Leaving Certificate Examination (including Day School Certificate (Higher) General paper), 1939
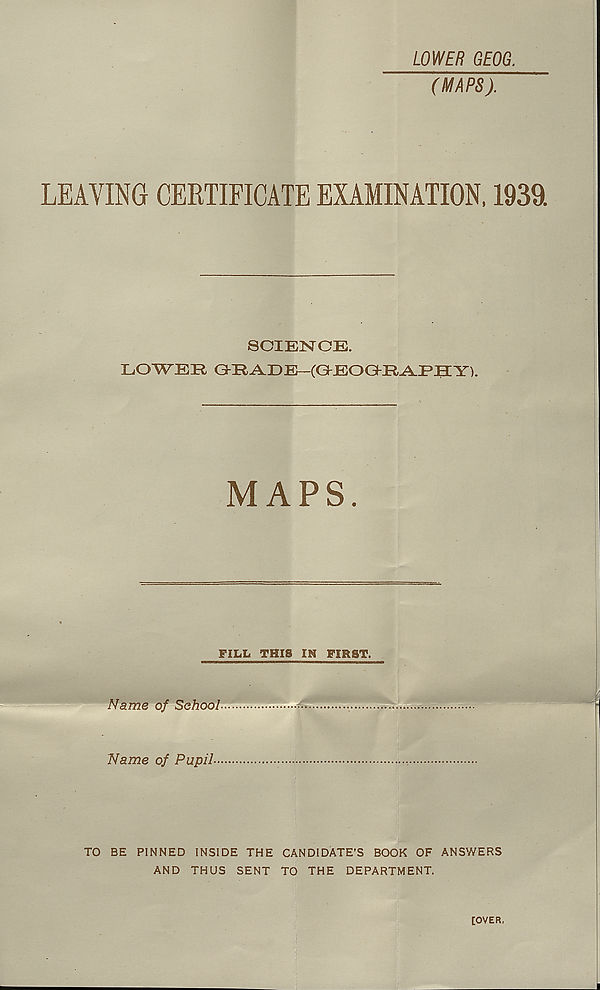
LOWER GEOG.
(MAPS).
LEAVING CERTIFICATE EXAMINATION, 1939.
SCIENCE.
LOWEE GKRAEE—(GrEOGf-EAJPIIY).
MAPS.
FILL THIS IN FIRST.
Name of School
Name of Pupil-
TO BE PINNED INSIDE THE CANDIDATE’S BOOK OF ANSWERS
AND THUS SENT TO THE DEPARTMENT.
[OVER